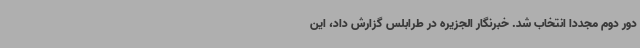
دور دوم مجددا انتخاب شد. خبرنگار الجزیره در طرابلس گزارش داد، این